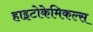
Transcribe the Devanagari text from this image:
हाइटोकेमिकल्स